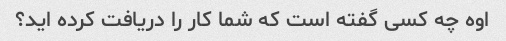
اوه چه کسی گفته است که شما کار را دریافت کرده اید؟